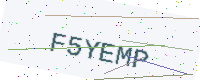
Text: F5YEMP